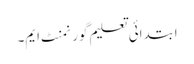
ابتدائی تعلیم گورنمنٹ ایم۔